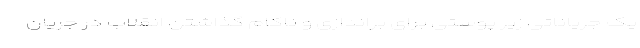
یک جریاناتی زیر پوستی برای براندازی و ناکام گذاشتن انقلاب در جریان